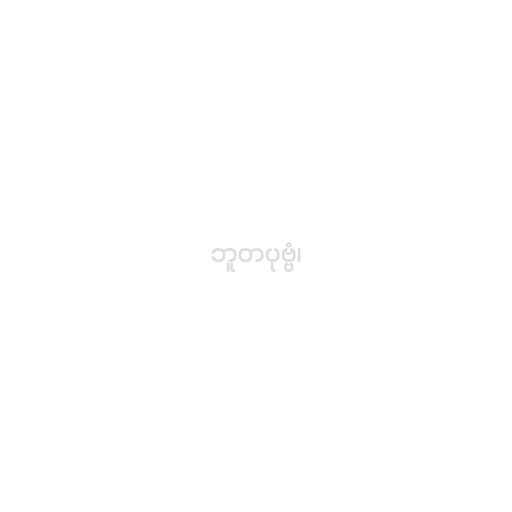
ဘူတပုဗ္ဗံ၊